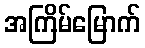
အကြိမ်မြောက်